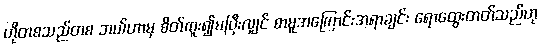
ဟိုတစသည်တစ ဘယ်ဟာမှ စိတ်ကူး၍မပြီးလျှင် စာမူအကြောင်းအရာချင်း ရောထွေးတတ်သည်ဟု